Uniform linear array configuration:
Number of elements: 4
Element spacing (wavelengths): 0.25
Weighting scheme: exponential
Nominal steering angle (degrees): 30
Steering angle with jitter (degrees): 30.056
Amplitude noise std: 0.05
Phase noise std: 0.05

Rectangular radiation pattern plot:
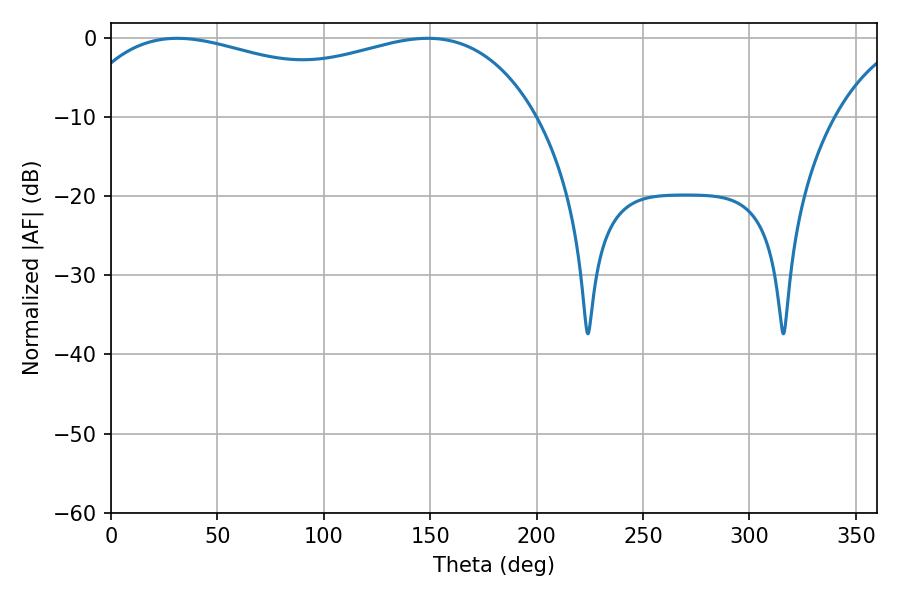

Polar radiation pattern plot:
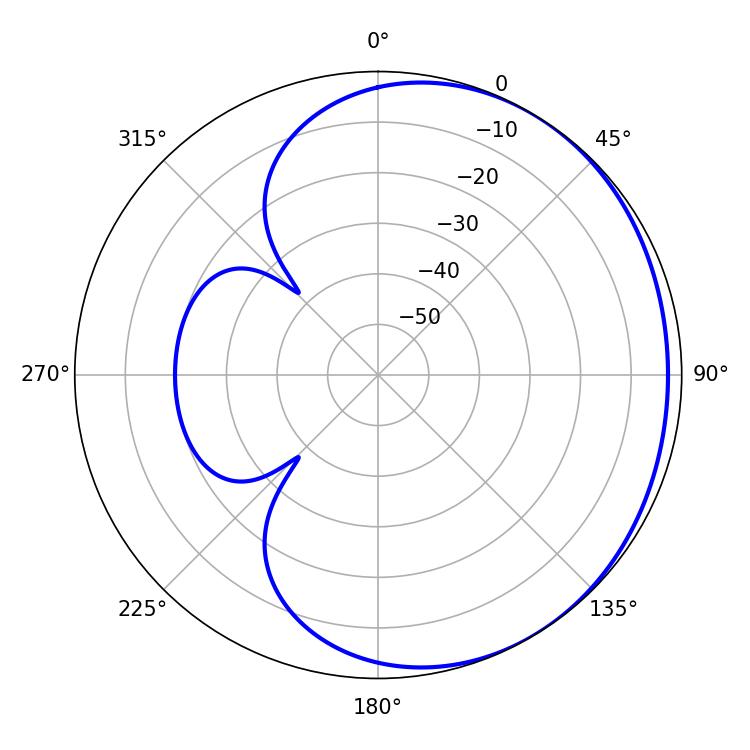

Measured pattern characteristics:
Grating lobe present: FALSE
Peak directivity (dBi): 1.423
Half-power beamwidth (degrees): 178.92
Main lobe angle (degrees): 31.14